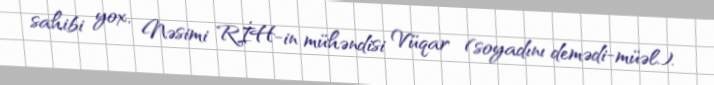
sahibi yox, Nəsimi RİH-in mühəndisi Vüqar (soyadını demədi-müəl.).